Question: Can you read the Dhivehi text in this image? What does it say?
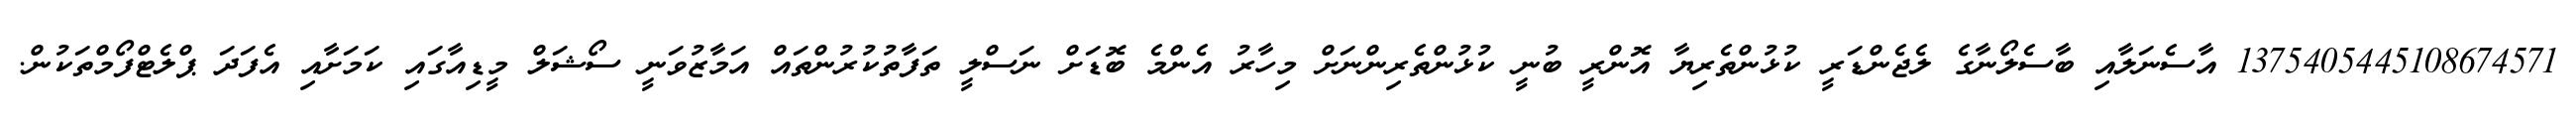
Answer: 1375405445108674571 އާސެނަލާއި ބާސެލޯނާގެ ލެޖެންޑަރީ ކުޅުންތެރިޔާ އޮންރީ ބުނީ ކުޅުންތެރިންނަށް މިހާރު އެންމެ ބޮޑަށް ނަސްލީ ތަފާތުކުރުންތައް އަމާޒުވަނީ ސޯޝަލް މީޑިއާގައި ކަމަށާއި އެފަދަ ޕްލެޓްފޯމްތަކުން.